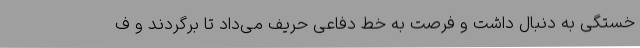
خستگی به دنبال داشت و فرصت به خط دفاعی حریف می‌داد تا برگردند و ف